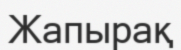
Жапырақ